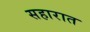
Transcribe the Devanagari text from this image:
सहारात